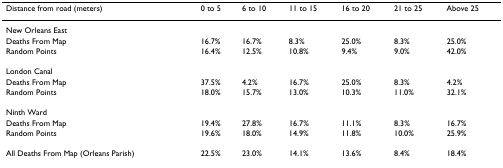
<table><thead><tr><td><b>Distance from road (meters)</b></td><td><b>0 to 5</b></td><td><b>6 to 10</b></td><td><b>11 to 15</b></td><td><b>16 to 20</b></td><td><b>21 to 25</b></td><td><b>Above 25</b></td></tr></thead><tbody><tr><td>New Orleans East</td><td></td><td></td><td></td><td></td><td></td><td></td></tr><tr><td>Deaths From Map</td><td>16.7%</td><td>16.7%</td><td>8.3%</td><td>25.0%</td><td>8.3%</td><td>25.0%</td></tr><tr><td>Random Points</td><td>16.4%</td><td>12.5%</td><td>10.8%</td><td>9.4%</td><td>9.0%</td><td>42.0%</td></tr><tr><td>London Canal</td><td></td><td></td><td></td><td></td><td></td><td></td></tr><tr><td>Deaths From Map</td><td>37.5%</td><td>4.2%</td><td>16.7%</td><td>25.0%</td><td>8.3%</td><td>4.2%</td></tr><tr><td>Random Points</td><td>18.0%</td><td>15.7%</td><td>13.0%</td><td>10.3%</td><td>11.0%</td><td>32.1%</td></tr><tr><td>Ninth Ward</td><td></td><td></td><td></td><td></td><td></td><td></td></tr><tr><td>Deaths From Map</td><td>19.4%</td><td>27.8%</td><td>16.7%</td><td>11.1%</td><td>8.3%</td><td>16.7%</td></tr><tr><td>Random Points</td><td>19.6%</td><td>18.0%</td><td>14.9%</td><td>11.8%</td><td>10.0%</td><td>25.9%</td></tr><tr><td>All Deaths From Map (Orleans Parish)</td><td>22.5%</td><td>23.0%</td><td>14.1%</td><td>13.6%</td><td>8.4%</td><td>18.4%</td></tr></tbody></table>